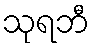
သုရဘီ